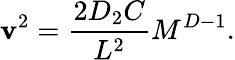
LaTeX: \mathbf{v}^{2}={\frac{{2D_{2}C}}{{L^{2}}}}M^{D-1}.